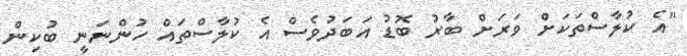
"އެ ކުލާސްތަކަށް ވަރަށް ބާރު ބޮޑު އަބަދުވެސް އެ ކުލާސްތައް ހުންނަނީ ބުކިން